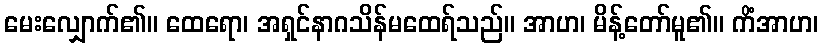
မေးလျှောက်၏။ ထေရော၊ အရှင်နာဂသိန်မထေရ်သည်။ အာဟ၊ မိန့်တော်မူ၏။ ကိံအာဟ၊